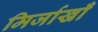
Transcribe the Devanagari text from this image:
मिर्जाखाँ